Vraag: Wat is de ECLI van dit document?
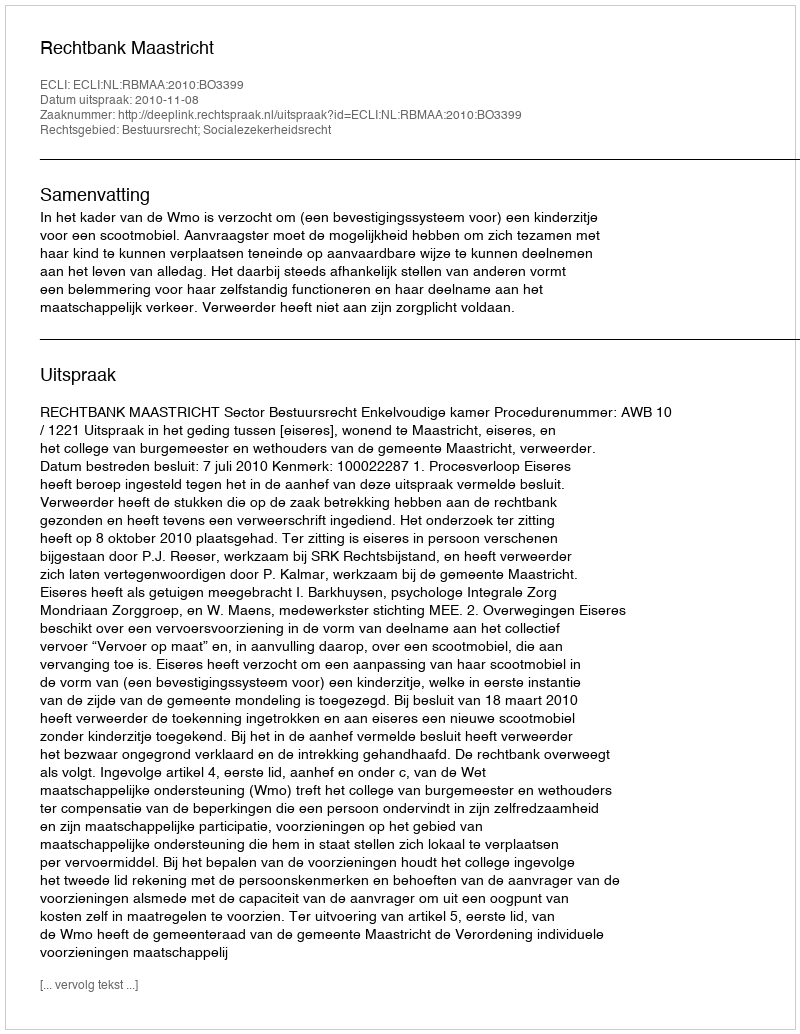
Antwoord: ECLI:NL:RBMAA:2010:BO3399